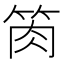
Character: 𥭊